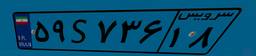
۵۹S۷۳۶۱۸